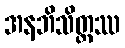
အနဘိသိတ္တဿ